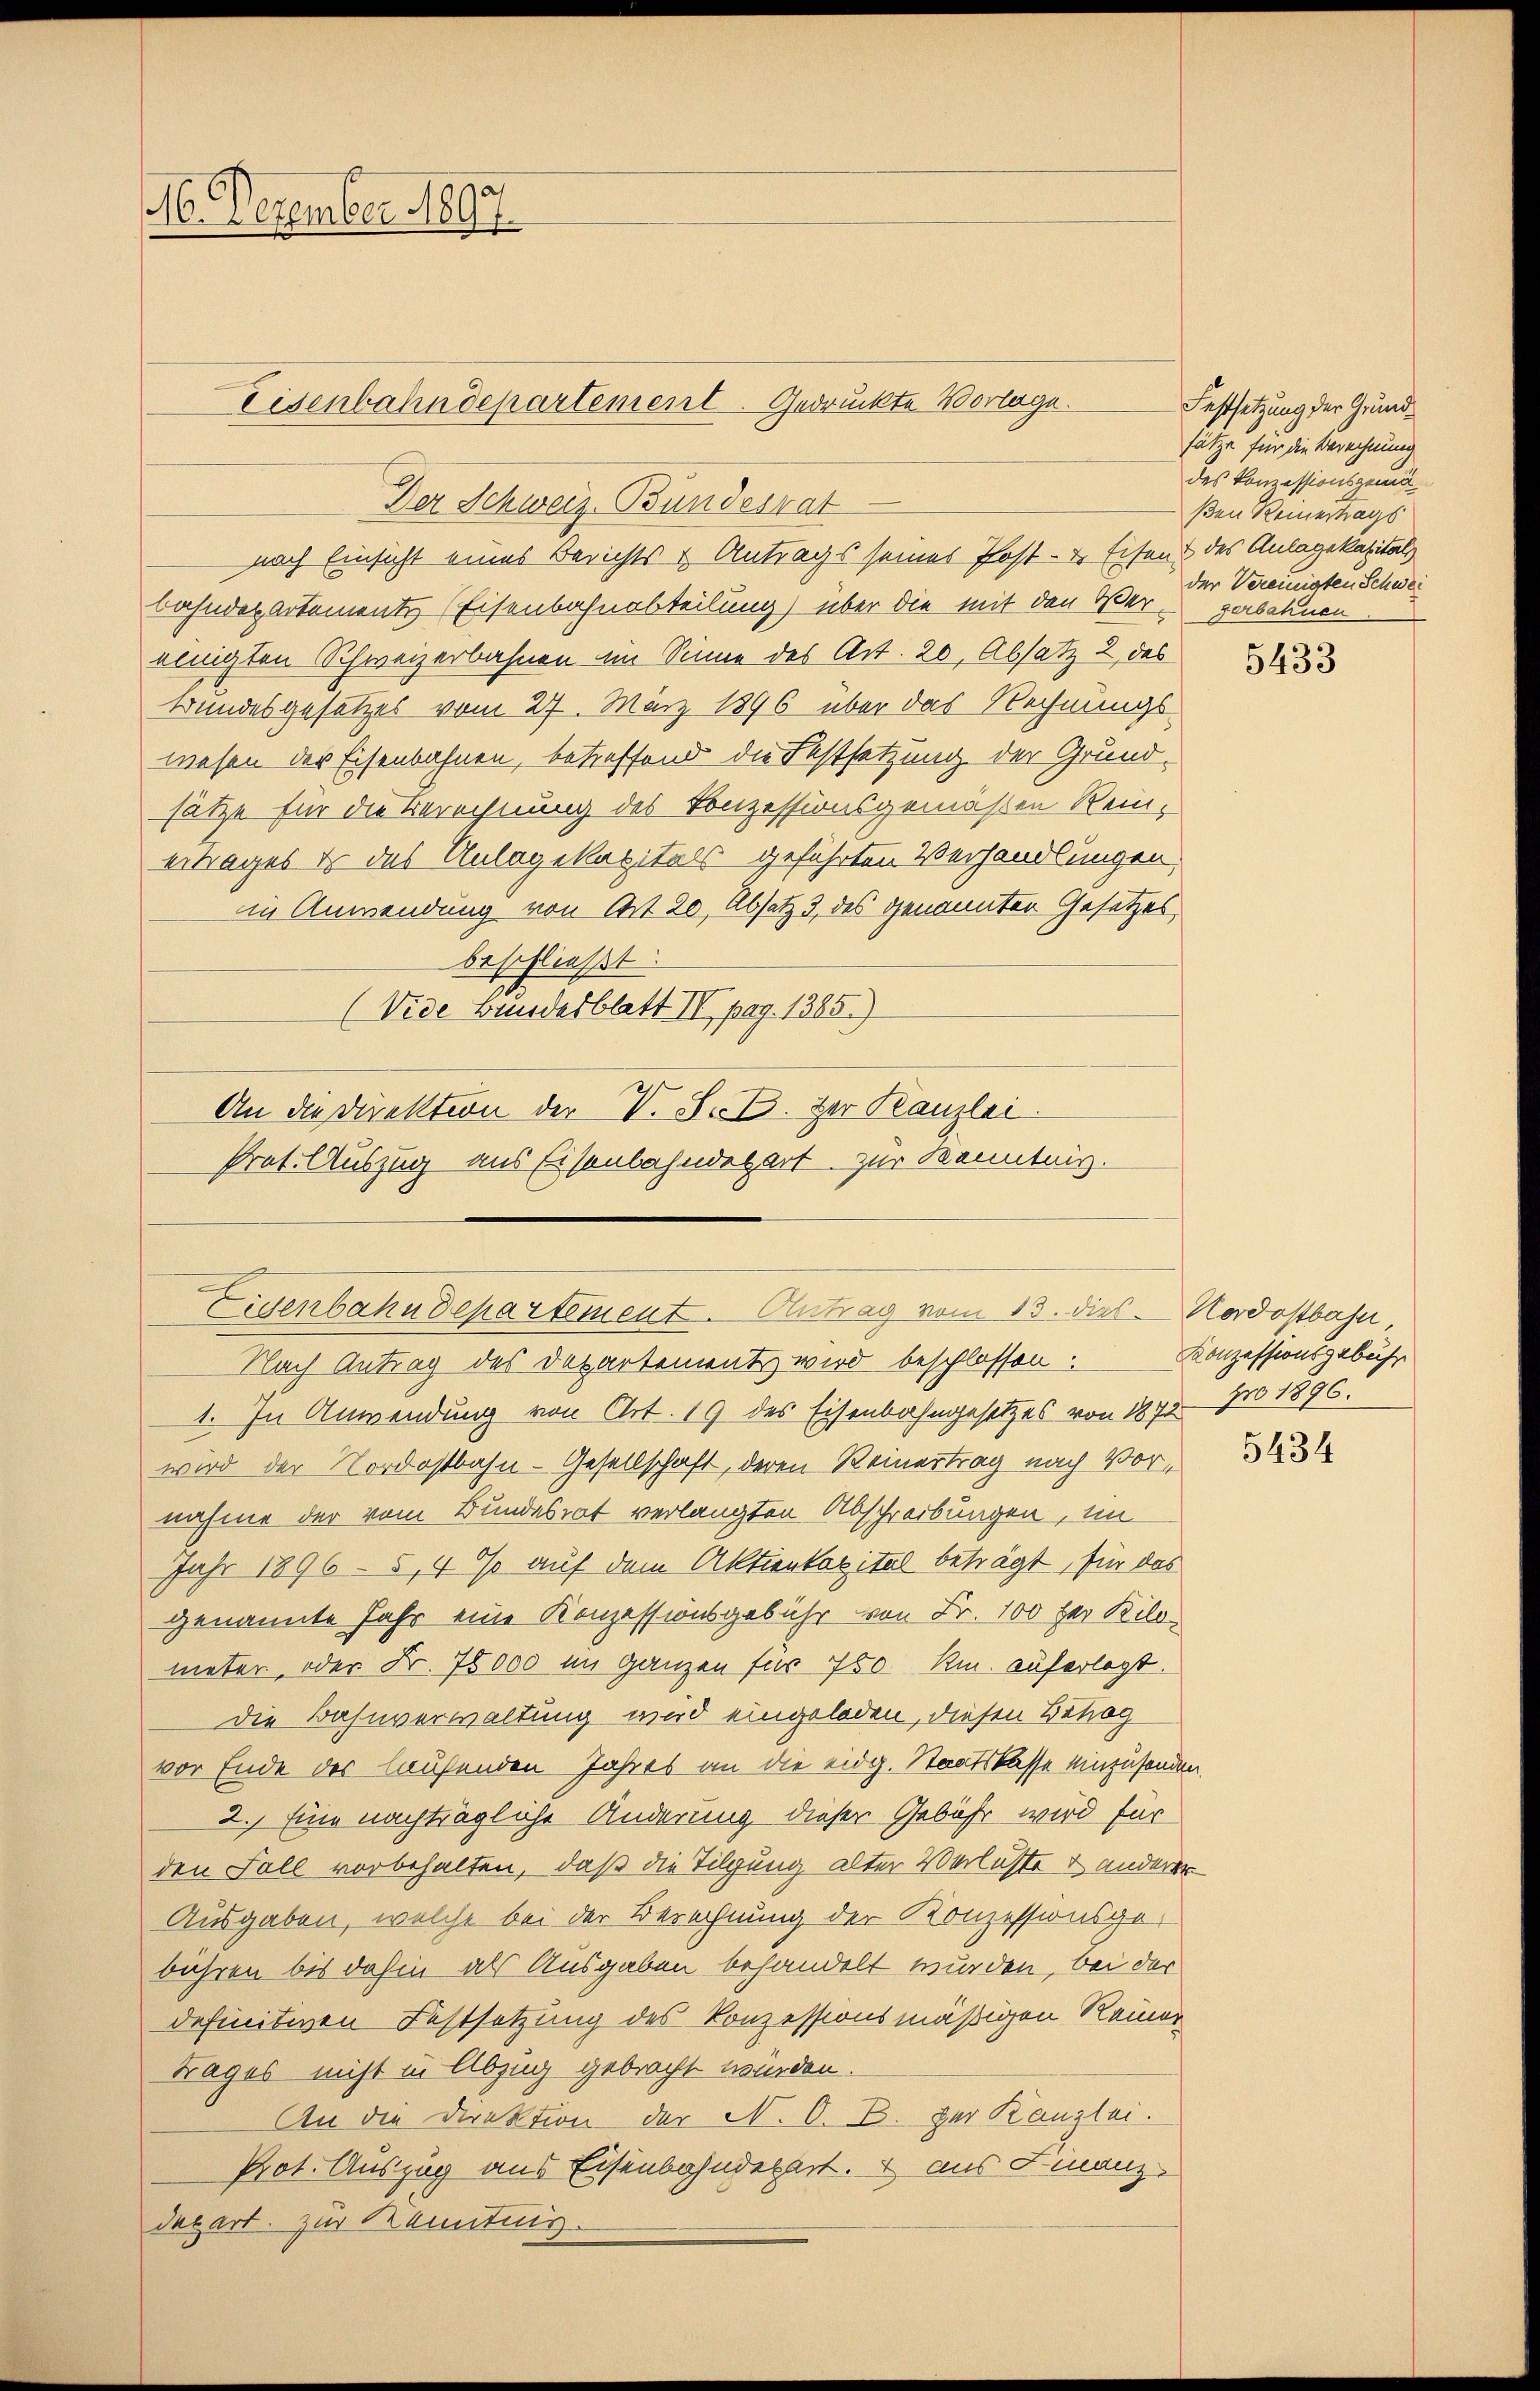
16. Dezember 1890.

Eisenbahndepartement. Gedruckte Vorlage.

nach Einsicht eines Berichts & Antrags seines Post- & Eisens des Anlagekapitals

Eigenbahndepartement. Antrag vom 13. dies - Nordostbahn
Nach Antrag des Departement wird beschlossen. Konzessionsgebühr

Der Schweiz. Bundesrat
bahndepartements (Eisenbahnabteilung) über die mit den Vereinigten Schweizerbahnen im Sinne des Art. 20, Absatz 2 des
Bundesgesetzes vom 27. März 1896 über das Rechnungswesen der Eisenbahnen, betreffend die Festsetzung der Grund-
sätze für die Berechnung des Konzessionsgemäßen Rein-
ertrages er das Anlagekapitals geführten Verhandlungen.
in Anwendung von Art. 20, Absatz 3 des genannten Gesetzes,
beschließt:
(Vide Bundesblatt II pag. 1365.)
An die Direktion der V. S. B. der Kanzlei.
Prot. Auszug aus Eisenbahndepart zur Kenntnis.

1. In Anwendung von Art. 19 des Eisenbahngesetzes von 1875 750 1896.
wird der Nordostbahn-Gesellschaft, deren Reinertrag nach Vornahme der vom Bundesrat verlangten Abschreibungen, im
Jahr 1896 - 5, 4 % auf dem Aktienkapital beträgt, für das
genannte Jahr eine Konzessionsgebühr von Fr. 100 her Kilometer, oder Fr. 78000 im ganzen für 750. R. auferlegt.
die Bahnverwaltung wird eingeladen, diesen Behag
vor Ende des laufenden Jahres an die eidg. Staatsklasse einzusenden.
2.) Eine nachträgliche Änderung dieser Gebühr wird für
den Fall vorbehalten, daß die Tilgung alter Verluste & anderer
Ausgaben, welche bei der Berechnung der Konzessionsgebühren bis dahin als Ausgaben behandelt wurden, bei der
definitiven Festsetzung des Konzessionsmäßigen Reiner
Trages nicht in Abzug gebracht werden.
An die Direktion der N. O. B. der Kanzlei.
Prot. Auszug aus Eisenbahndepart. 4 aus Finanz
depart. zur Kennting.

Festsetzung der Grundsätze für die Berechnung
des Konzessionsgemä
ßen Reinertrags
der Vereinigten Schwer
gerbatuen

5433

5434